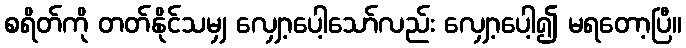
စရိတ်ကို တတ်နိုင်သမျှ လျှော့ပေါ့သော်လည်း လျှော့ပေါ့၍ မရတော့ပြီ။